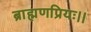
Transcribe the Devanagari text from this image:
ब्राह्मणप्रियः।।